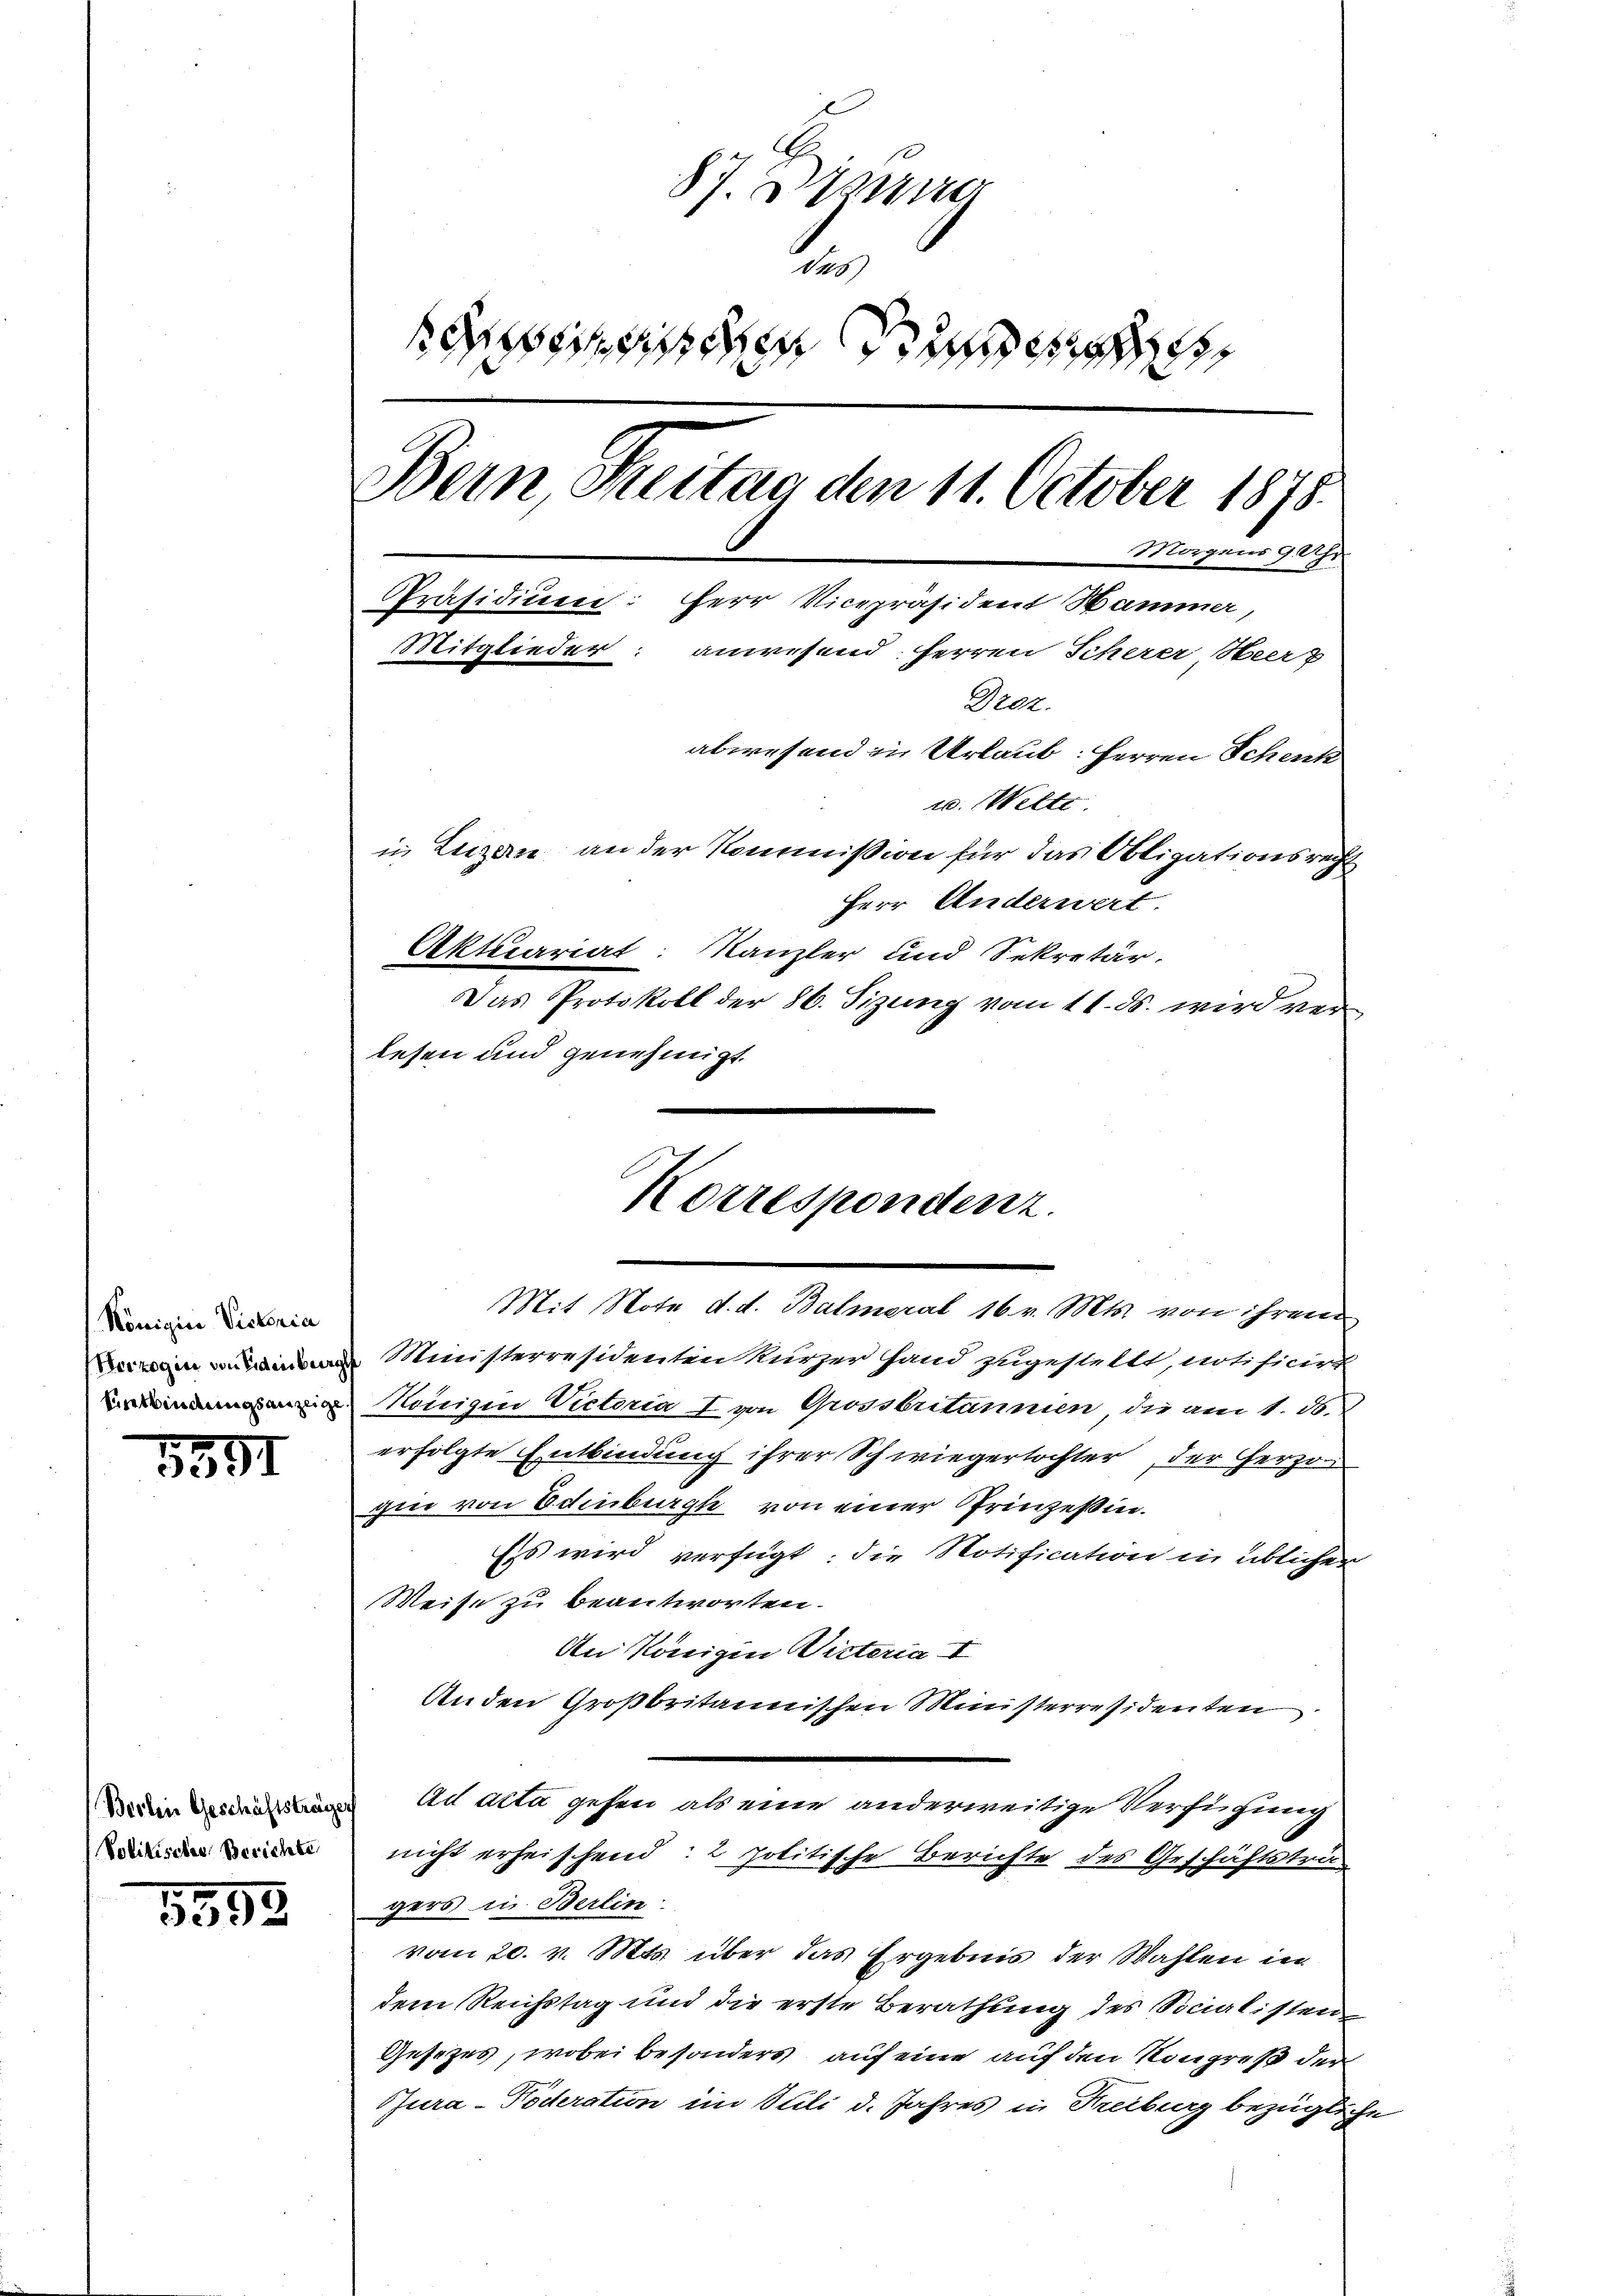
Königin Victoria
Herzogin von Eidenber
Ererbindungsanzeige

5591

Volitisches Berichte

1893

87. Denung
e
seiden de
Bern, Seitag den 11. October 1878.
Magens 9 Uhr
Präsidiuen: Herr Vicepräsident Hammer,
Mitglieder: anwesend Herren Scherer Heer
Droz.
abwesend in Urlaub: Herren Schenk
te. Welte
in Luzen an der Kommißion für das Obligationsrecht
Herr Anderwert.
Aktuariat: Kanzler und Sekretär.
Das Protokoll der 86. Sizung vom 11. ds. wird verlesen und genehmigt.

Korrespondenz.

Mit Note d. d. Balmeral 16 v. Mts. von ihrem
Ministerresidenten kurzer Hand zugestellt, notificirt
Konigin Victoria I von Grossbritannien die am 1. ds.
erfolgte Entbindung ihrer Schwiegertochter, der Herzo
gin von Edinburg von einer Prinzeßin.
Ess wird verfügt: die Notification in üblichen
Weise zu beantworten.
An Königin Winteria I
Anden Großbritannischen Ministerresidenten
Verein geste An acta gehen als eine anderweitige Verfügung
nicht erheischend: 2 politische Berichte des Geschäftsträ
gers in Berlin
vom 20. v. Mts. über das Ergebnis der Wahlen im
dem Reichstag und die erste Berathung des Socialisten
Gesezes, wobei besonders auf eine auf den Kongreß der
Sura-Poderation im Juli d. Jahres in Freiburg bezügliche